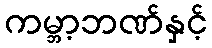
ကမ္ဘာ့ဘဏ်နှင့်